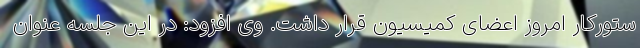
ستورکار امروز اعضای کمیسیون قرار داشت. وی افزود: در این جلسه عنوان